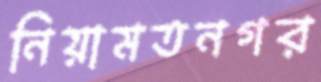
নিয়ামতনগর